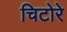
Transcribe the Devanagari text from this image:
चिटोरे